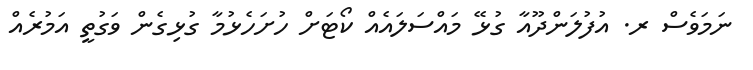
ނަމަވެސް ރ. އުފުލަންދޫއާ ގުޅޭ މައްސަލައެއް ކޯޓަށް ހުށަހެޅުމާ ގުޅިގެން ވަގުތީ އަމުރެއް